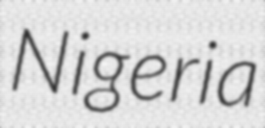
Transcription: Nigeria